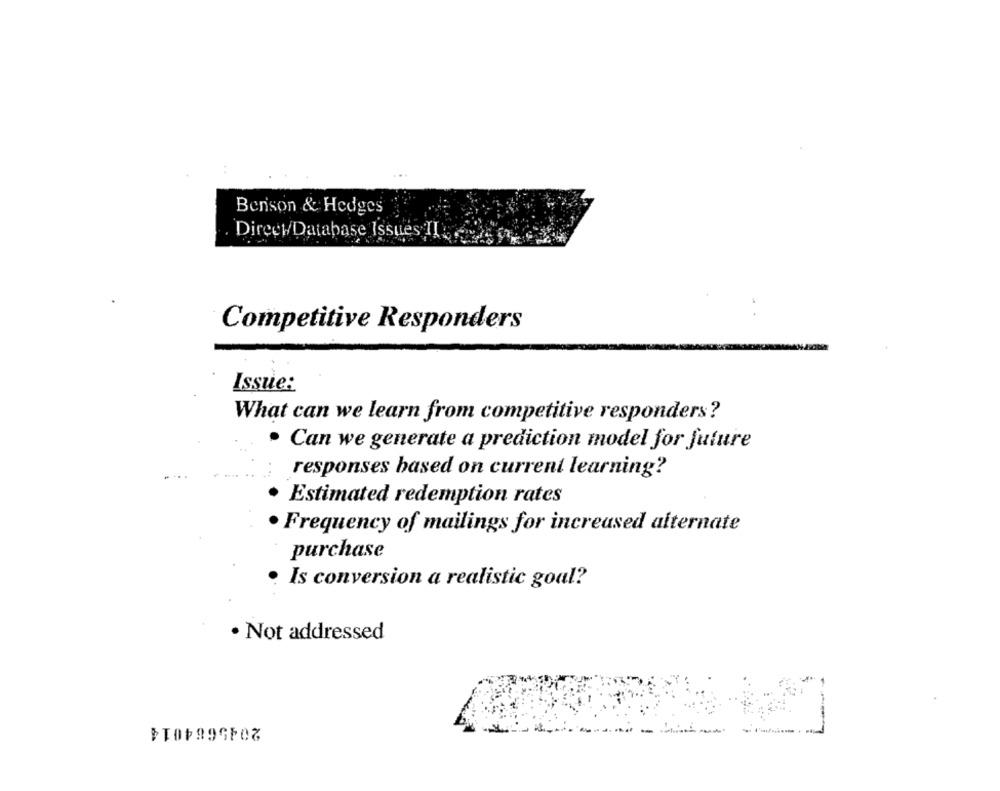
Benson & Hedges
Direel/Database Issues II
Competitive Responders
Issue:
What can we learn from competitive responders?
· Can we generate a prediction model for future
responses based on current learning?
Estimated redemption rates
· Frequency of mailings for increased alternate
purchase
Is conversion a realistic goal?
· Not addressed
2045684014